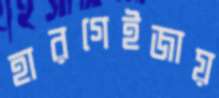
হারগেইজায়